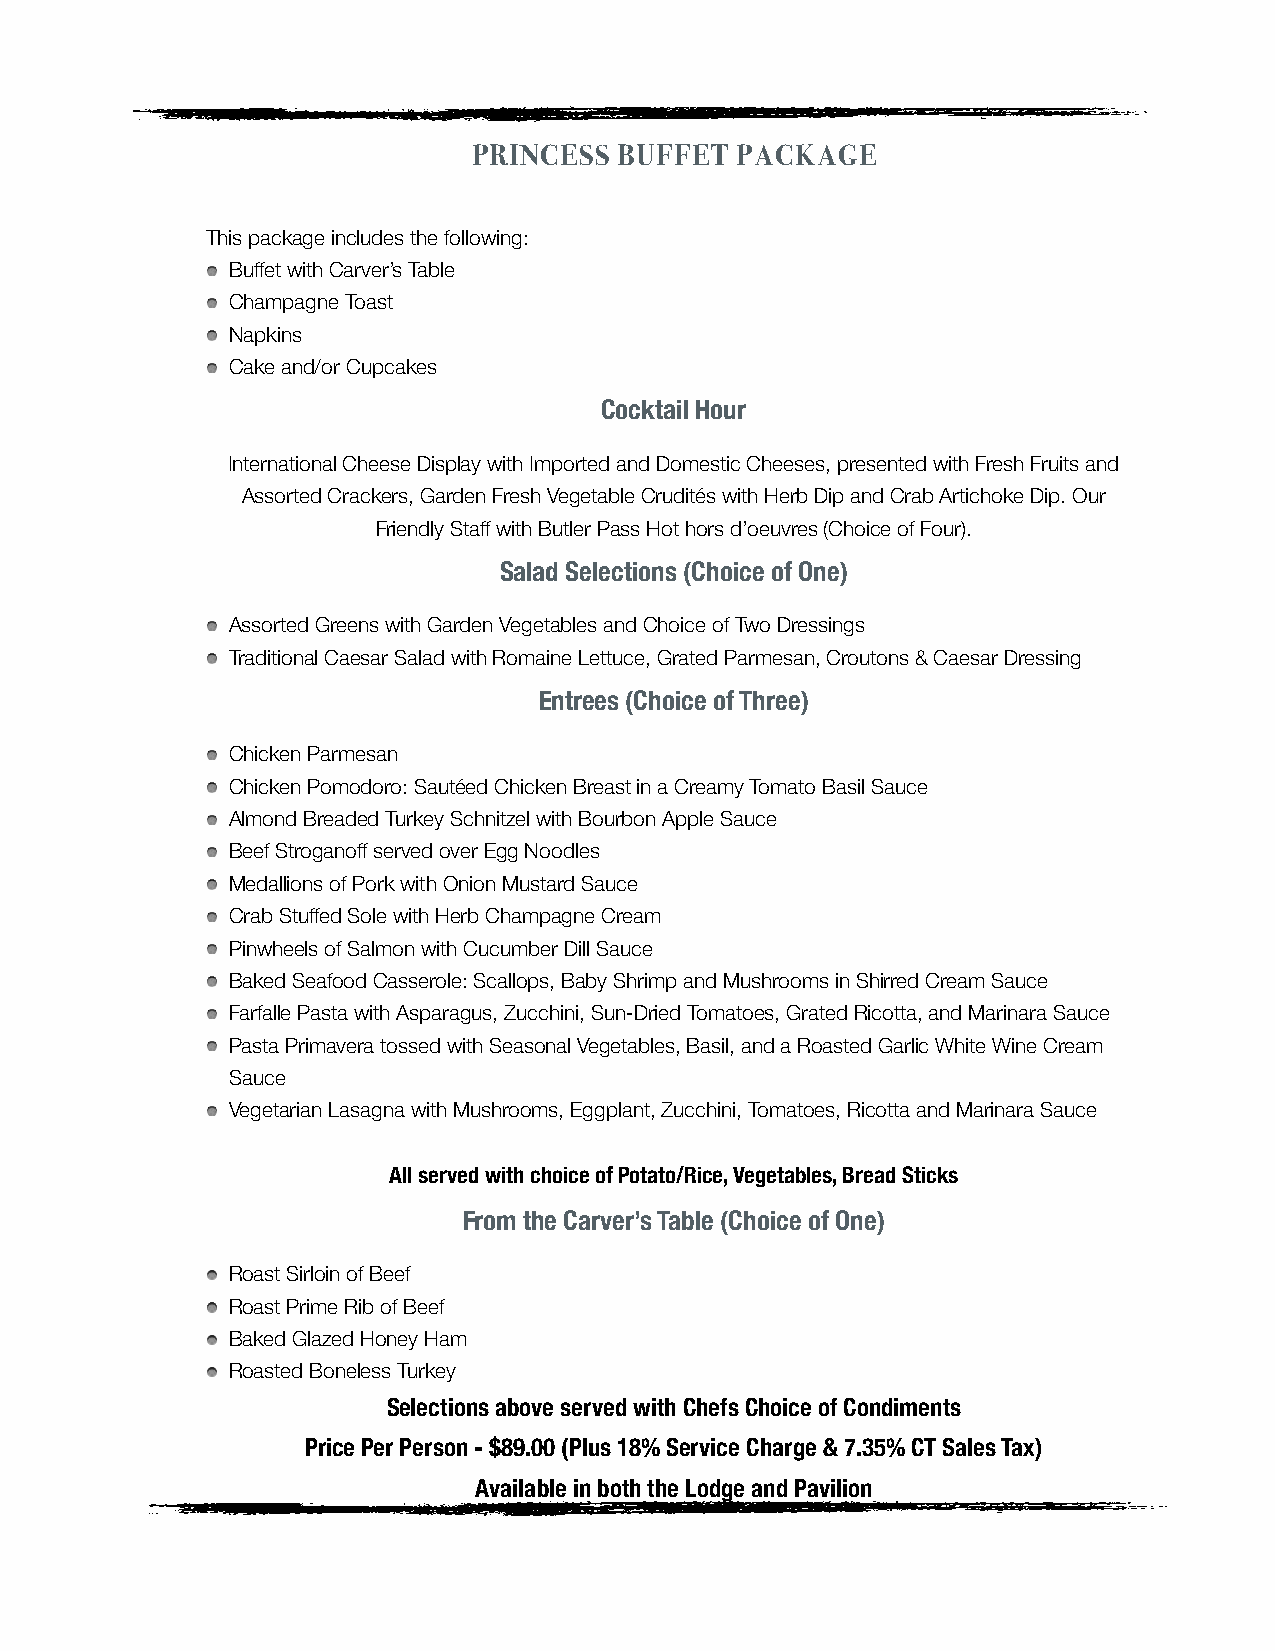
PRINCESS  BUFFET  PACKAGE
 This package includes the following:
 Buffet with Carver’s Table
 Champagne Toast
 Napkins
 Cake and/or Cupcakes
 Cocktail Hour
 International Cheese Display with Imported and Domestic Cheeses, presented with Fresh Fruits and
 Assorted Crackers, Garden Fresh Vegetable Crudités with Herb Dip and Crab Artichoke Dip. Our
 Friendly Staff with Butler Pass Hot hors d’oeuvres (Choice of Four).
 Salad Selections (Choice of One)
 Assorted Greens with Garden Vegetables and Choice of Two Dressings
 Traditional Caesar Salad with Romaine Lettuce, Grated Parmesan, Croutons & Caesar Dressing
 Entrees (Choice of Three)
 Chicken Parmesan
 Chicken Pomodoro: Sautéed Chicken Breast in a Creamy Tomato Basil Sauce
 Almond Breaded Turkey Schnitzel with Bourbon Apple Sauce
 Beef Stroganoff served over Egg Noodles
 Medallions of Pork with Onion Mustard Sauce
 Crab Stuffed Sole with Herb Champagne Cream
 Pinwheels of Salmon with Cucumber Dill Sauce
 Baked Seafood Casserole: Scallops, Baby Shrimp and Mushrooms in Shirred Cream Sauce
 Farfalle Pasta with Asparagus, Zucchini, Sun-Dried Tomatoes, Grated Ricotta, and Marinara Sauce
 Pasta Primavera tossed with Seasonal Vegetables, Basil, and a Roasted Garlic White Wine Cream
 Sauce
 Vegetarian Lasagna with Mushrooms, Eggplant, Zucchini, Tomatoes, Ricotta and Marinara Sauce
 All served with choice of Potato/Rice, Vegetables, Bread Sticks
 From the Carver’s Table (Choice of One)
 Roast Sirloin of Beef
 Roast Prime Rib of Beef
 Baked Glazed Honey Ham
 Roasted Boneless Turkey
 Selections above served with Chefs Choice of Condiments
 Price Per Person - $89.00 (Plus 18% Service Charge & 7.35% CT Sales Tax)
 Available in both the Lodge and Pavilion